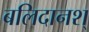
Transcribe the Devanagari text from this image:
बलिदानश्